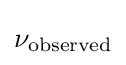
\nu _{\text{observed}}